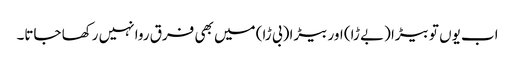
اب یوں تو بیڑا (بے ڑا) اور بیڑا (بی ڑا) میں بھی فرق روا نہیں رکھا جاتا۔